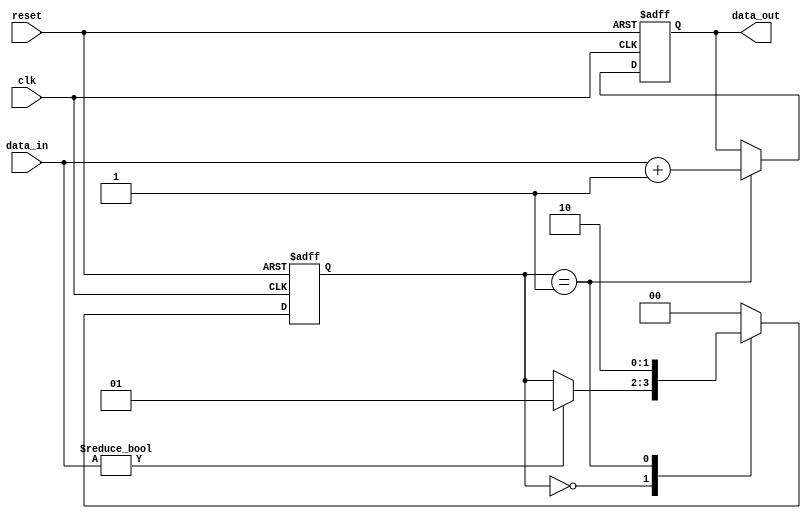
module falling_edge_trigger (
    input wire clk,          // Clock signal
    input wire reset,        // Asynchronous reset signal
    input wire [3:0] data_in,// Input data
    output reg [3:0] data_out // Output data
);

// State variable
reg [1:0] state;

// State encoding
localparam STATE_IDLE = 2'b00,
           STATE_PROCESS = 2'b01,
           STATE_DONE = 2'b10;

// Always block triggered on the falling edge of the clock
always @(negedge clk or posedge reset) begin
    if (reset) begin
        // Reset all registers and states
        state <= STATE_IDLE;
        data_out <= 4'b0000;
    end else begin
        // State machine logic
        case (state)
            STATE_IDLE: begin
                // Check for some condition to transition to PROCESS state
                if (data_in != 4'b0000) begin
                    state <= STATE_PROCESS;
                end
            end
            
            STATE_PROCESS: begin
                // Perform some processing on the input data
                data_out <= data_in + 4'b0001; // Example operation: increment input
                state <= STATE_DONE; // Transition to DONE state
            end
            
            STATE_DONE: begin
                // Finalize the output and go back to IDLE
                state <= STATE_IDLE; // Return to IDLE for next input
            end
            
            default: begin
                // Default case to handle unexpected states
                state <= STATE_IDLE;
            end
        endcase
    end
end

endmodule